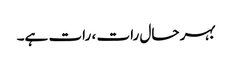
بہر حال رات ، رات ہے۔